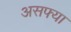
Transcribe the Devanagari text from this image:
असफ्या